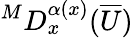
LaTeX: ^MD_{x}^{\alpha(x)}(\overline{{U}})